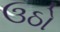
ઉઠો